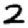
Digit: 2